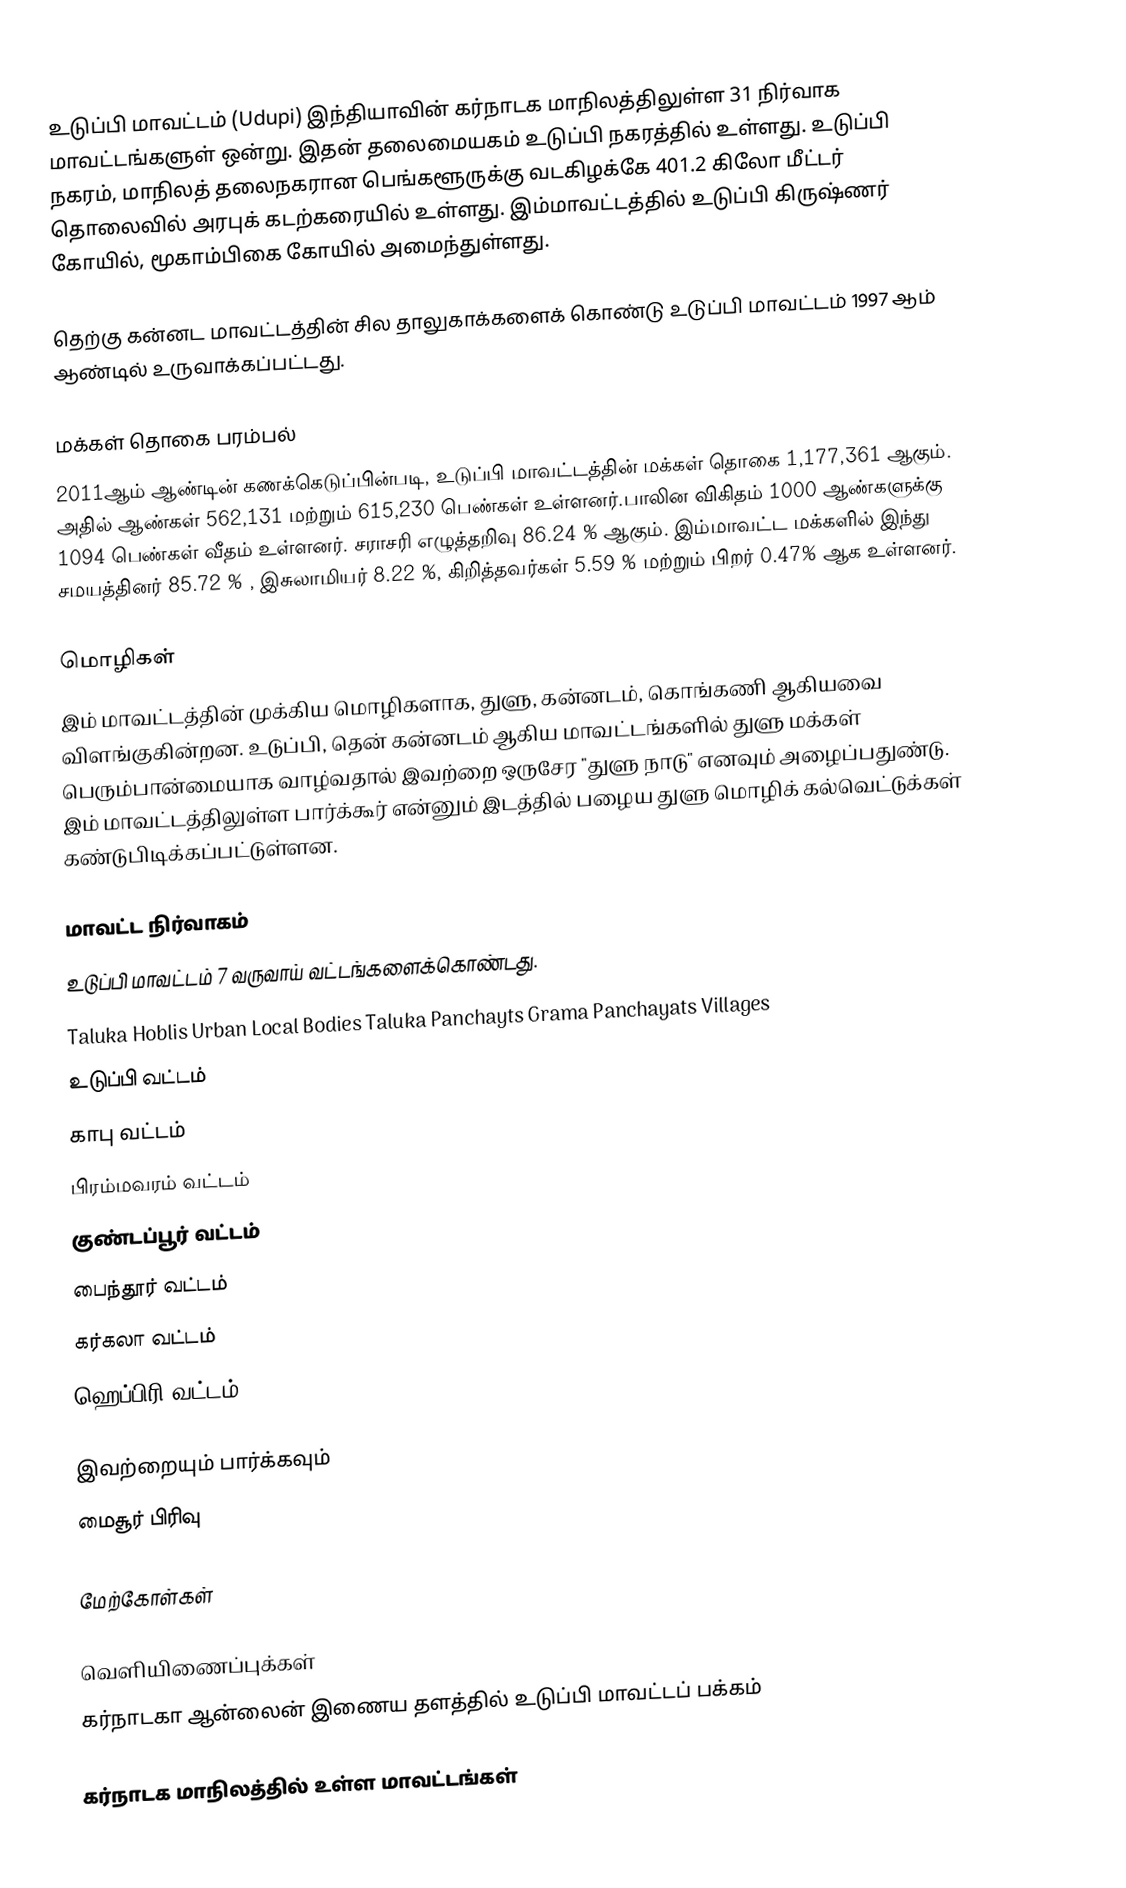
உடுப்பி மாவட்டம் (Udupi) இந்தியாவின் கர்நாடக மாநிலத்திலுள்ள  31 நிர்வாக மாவட்டங்களுள் ஒன்று. இதன் தலைமையகம் உடுப்பி நகரத்தில் உள்ளது. உடுப்பி நகரம், மாநிலத் தலைநகரான பெங்களூருக்கு வடகிழக்கே  401.2 கிலோ மீட்டர் தொலைவில் அரபுக் கடற்கரையில் உள்ளது. இம்மாவட்டத்தில் உடுப்பி கிருஷ்ணர் கோயில், மூகாம்பிகை கோயில்  அமைந்துள்ளது.

தெற்கு கன்னட மாவட்டத்தின் சில தாலுகாக்களைக் கொண்டு உடுப்பி மாவட்டம் 1997 ஆம் ஆண்டில் உருவாக்கப்பட்டது.

மக்கள் தொகை பரம்பல்
2011ஆம் ஆண்டின் கணக்கெடுப்பின்படி, உடுப்பி மாவட்டத்தின் மக்கள் தொகை 1,177,361  ஆகும். அதில்  ஆண்கள்  562,131 மற்றும் 615,230 பெண்கள் உள்ளனர்.பாலின விகிதம் 1000 ஆண்களுக்கு  1094 பெண்கள் வீதம் உள்ளனர். சராசரி எழுத்தறிவு  86.24 % ஆகும். இம்மாவட்ட மக்களில் இந்து சமயத்தினர் 85.72 % , இசுலாமியர் 8.22 %, கிறித்தவர்கள் 5.59 % மற்றும் பிறர் 0.47% ஆக உள்ளனர்.

மொழிகள்
இம் மாவட்டத்தின் முக்கிய மொழிகளாக, துளு, கன்னடம், கொங்கணி ஆகியவை விளங்குகின்றன. உடுப்பி, தென் கன்னடம் ஆகிய மாவட்டங்களில் துளு மக்கள் பெரும்பான்மையாக வாழ்வதால் இவற்றை ஒருசேர "துளு நாடு" எனவும் அழைப்பதுண்டு. இம் மாவட்டத்திலுள்ள பார்க்கூர் என்னும் இடத்தில் பழைய துளு மொழிக் கல்வெட்டுக்கள் கண்டுபிடிக்கப்பட்டுள்ளன.

மாவட்ட நிர்வாகம்
உடுப்பி மாவட்டம் 7 வருவாய் வட்டங்களைக்கொண்டது.
Taluka 	Hoblis 	Urban Local Bodies 	Taluka Panchayts 	Grama Panchayats 	Villages
 உடுப்பி வட்டம்
 காபு வட்டம்
 பிரம்மவரம் வட்டம்
 குண்டப்பூர் வட்டம்
 பைந்தூர் வட்டம்
 கர்கலா வட்டம்
 ஹெப்பிரி வட்டம்

இவற்றையும் பார்க்கவும்
 மைசூர் பிரிவு

மேற்கோள்கள்

வெளியிணைப்புக்கள்
 கர்நாடகா ஆன்லைன் இணைய தளத்தில் உடுப்பி மாவட்டப் பக்கம்

கர்நாடக மாநிலத்தில் உள்ள மாவட்டங்கள்